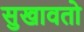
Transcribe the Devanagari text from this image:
सुखावतो